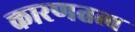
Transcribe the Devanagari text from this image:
कारणतत्व